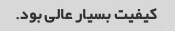
کیفیت بسیار عالی بود.